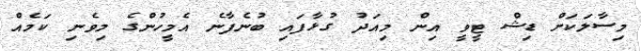
މިސާލަކަށް ޑިޝް ޓީވީ އިން މިއަދު ގުޅާފައި ބުނެފާނެ އެމީހުންގެ މިވެނި ކަމެއް